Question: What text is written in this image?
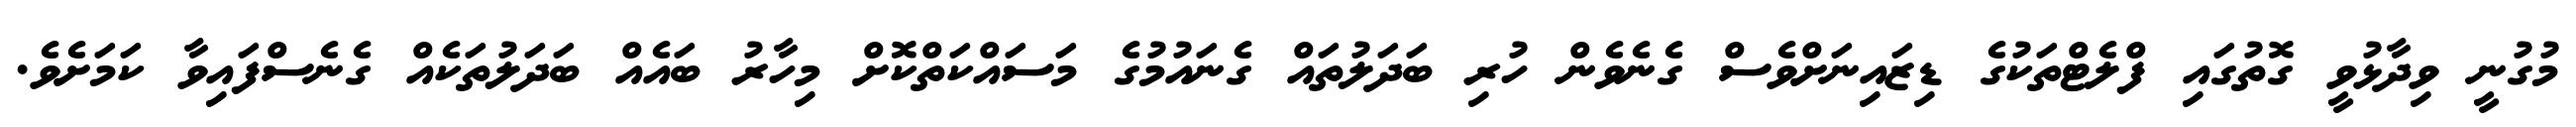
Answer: މުގުނީ ވިދާޅުވީ ގޮތުގައި ފްލެޓްތަކުގެ ޑިޒައިނަށްވެސް ގެނެވެން ހުރި ބަދަލުތައް ގެނައުމުގެ މަސައްކަތްކޮށް މިހާރު ބައެއް ބަދަލުތަކެއް ގެނެސްފައިވާ ކަމަށެވެ.